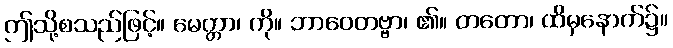
ဤသို့စသည်ဖြင့်။ မေတ္တာ၊ ကို။ ဘာဝေတဗ္ဗာ၊ ၏။ တတော၊ ထိမှနောက်၌။